Report on the cholera epidemic of
Year: 1868
Disease focus: Cholera
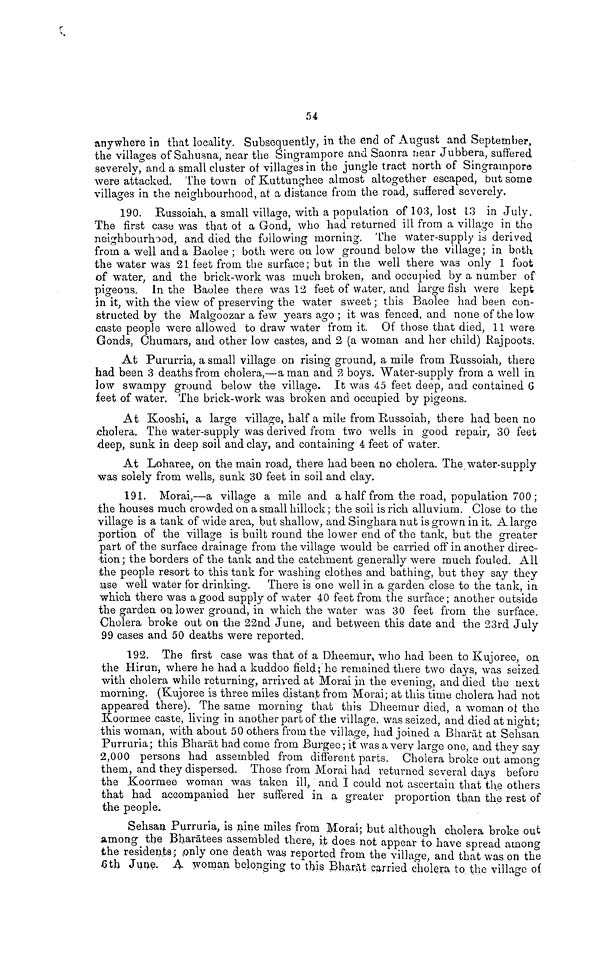
54
anywhere in that locality. Subsequently, in the end of August and September,
the villages of Sahusna, near the Singrarapore and Saonra near Jubbera, suffered
severely, and a small cluster of villages in the jungle tract north of Singrampore
were attacked. The town of Kuttunghee almost altogether escaped, but some
villages in the neighbourhood, at a distance from the road, suffered severely.
190. Russoiah, a small village, with a population of 103, lost 13 in July.
The first case was that of a Gond, who had returned ill from a village in the
neighbourhood, and died the following morning. The water-supply id derived
from a well and a Baolee ; both were on low ground below the village; in both
the water was 21 feet from the surface; but in the well there was only 1 foot
of water, and the brick-work was much broken, and occupied by a number of
pigeons, in the Baolee there was 12 feet of water, and large fish were kept
in it, with the view of preserving the water sweet; this Baolee had been con-
structed by the Malgoozar a few years ago ; it was fenced, and none of the low
caste people were allowed to draw water from it. Of those that died, 11 were
Gonds, Chumara, and other low castes, and 2 (a woman and her child) Rajpoots.
At Pururria, a small village on rising ground, a mile from Russoiah, there
had been 3 deaths from cholera,—a man and 2 boys. Water-supply from a well in
low swampy ground below the village. It was 45 feet deep, and contained G
feet of water. The brick-work was broken and occupied by pigeons.
At Kooshi, a large village, half a mile from Russoiah, there had been no
cholera. The water-supply was derived from two wells in good repair, 30 feet
deep, sunk in deep soil and clay, and containing 4 feet of water.
At Loharee, on the main road, there had been no cholera. The water-supply
was solely from wells, sunk 30 feet in soil and clay.
191. Morai,—a village a mile and a half from the road, population 700 ;
the houses much crowded on a small hillock; the soil is rich alluvium. Close to the
village is a tank of wide area, but shallow, and Singhara nut is grown in it. A large
portion of the village is built round the lower end of the tank, but the greater
part of the surface drainage from the village would be carried off in another direc-
tion; the borders of the tank and the catchment generally were much fouled. All
the people resort to this tank for washing clothes and bathing, but they say they
use well water for drinking. There is one well in a garden close to the tank, in
which there was a good supply of water 40 feet from the surface; another outside
the garden on lower ground, in which the water was 30 feet from the surface.
Cholera broke out on the 22nd June, and between this date and the 23rd July
99 cases and 50 deaths were reported.
192. The first case was that of a Dheernur, who had been to Kujoree, on
the Hirun, where he had a kuddoo field; he remained there two days, was seized
with cholera while returning, arrived at Morai in the evening, and died the next
morning. (Kujoree is three miles distant from Morai; at this time cholera had not
appeared there). The same morning that this Dheemur died, a woman of the
Koormee caste, living in another part of the village, was seized, and died at night;
this woman, with about 50 others from the village, had joined a Bharat at Sehsan
Purruria; this Bharat had come from Burgee ; it was a very large one, and they say
2,000 persons had assembled from different parts. Cholera broke out among
them, and they dispersed. Those from Morai had returned several days before
the Koormee woman was taken ill, and I could not ascertain that the others
that had accompanied her suffered in a greater proportion than the rest of
the people.
Sehsan Purruria, is nine miles from Morai; but although cholera broke out
among the Bharatees assembled there, it does not appear to have spread amono-
the residents; only one death was reported from the village, and that was on the
6th June. A woman belonging to this Bharat carried cholera to the village of